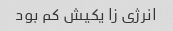
انرژی زا یکیش کم بود